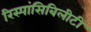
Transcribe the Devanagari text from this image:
रिस्पांसिबिलीटी